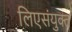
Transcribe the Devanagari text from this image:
लिएसंयुक्त